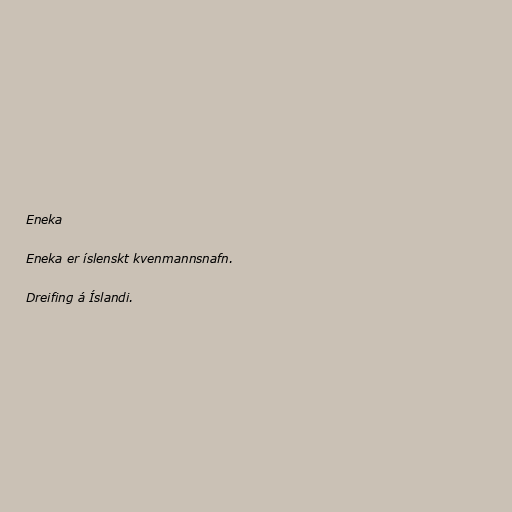
Eneka

Eneka er íslenskt kvenmannsnafn.

Dreifing á Íslandi.